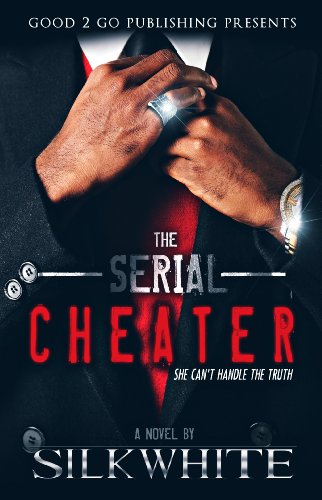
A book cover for The Serial Cheater; Silk White; Romance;